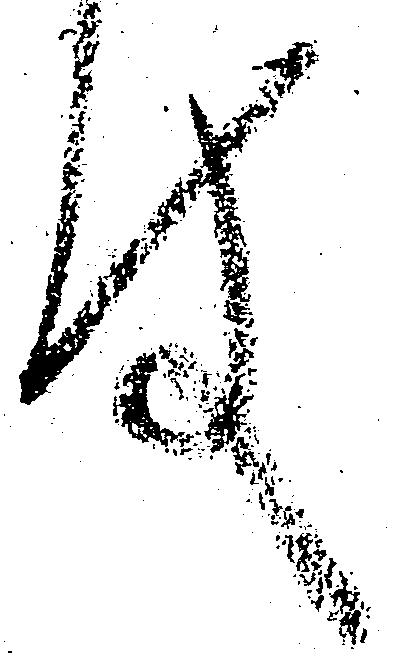
件